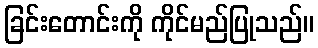
ခြင်းတောင်းကို ကိုင်မည်ပြုသည်။